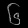
Digit: ၆